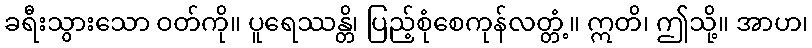
ခရီးသွားသော ဝတ်ကို။ ပူရေဿန္တိ၊ ပြည့်စုံစေကုန်လတ္တံ့။ ဣတိ၊ ဤသို့။ အာဟ၊